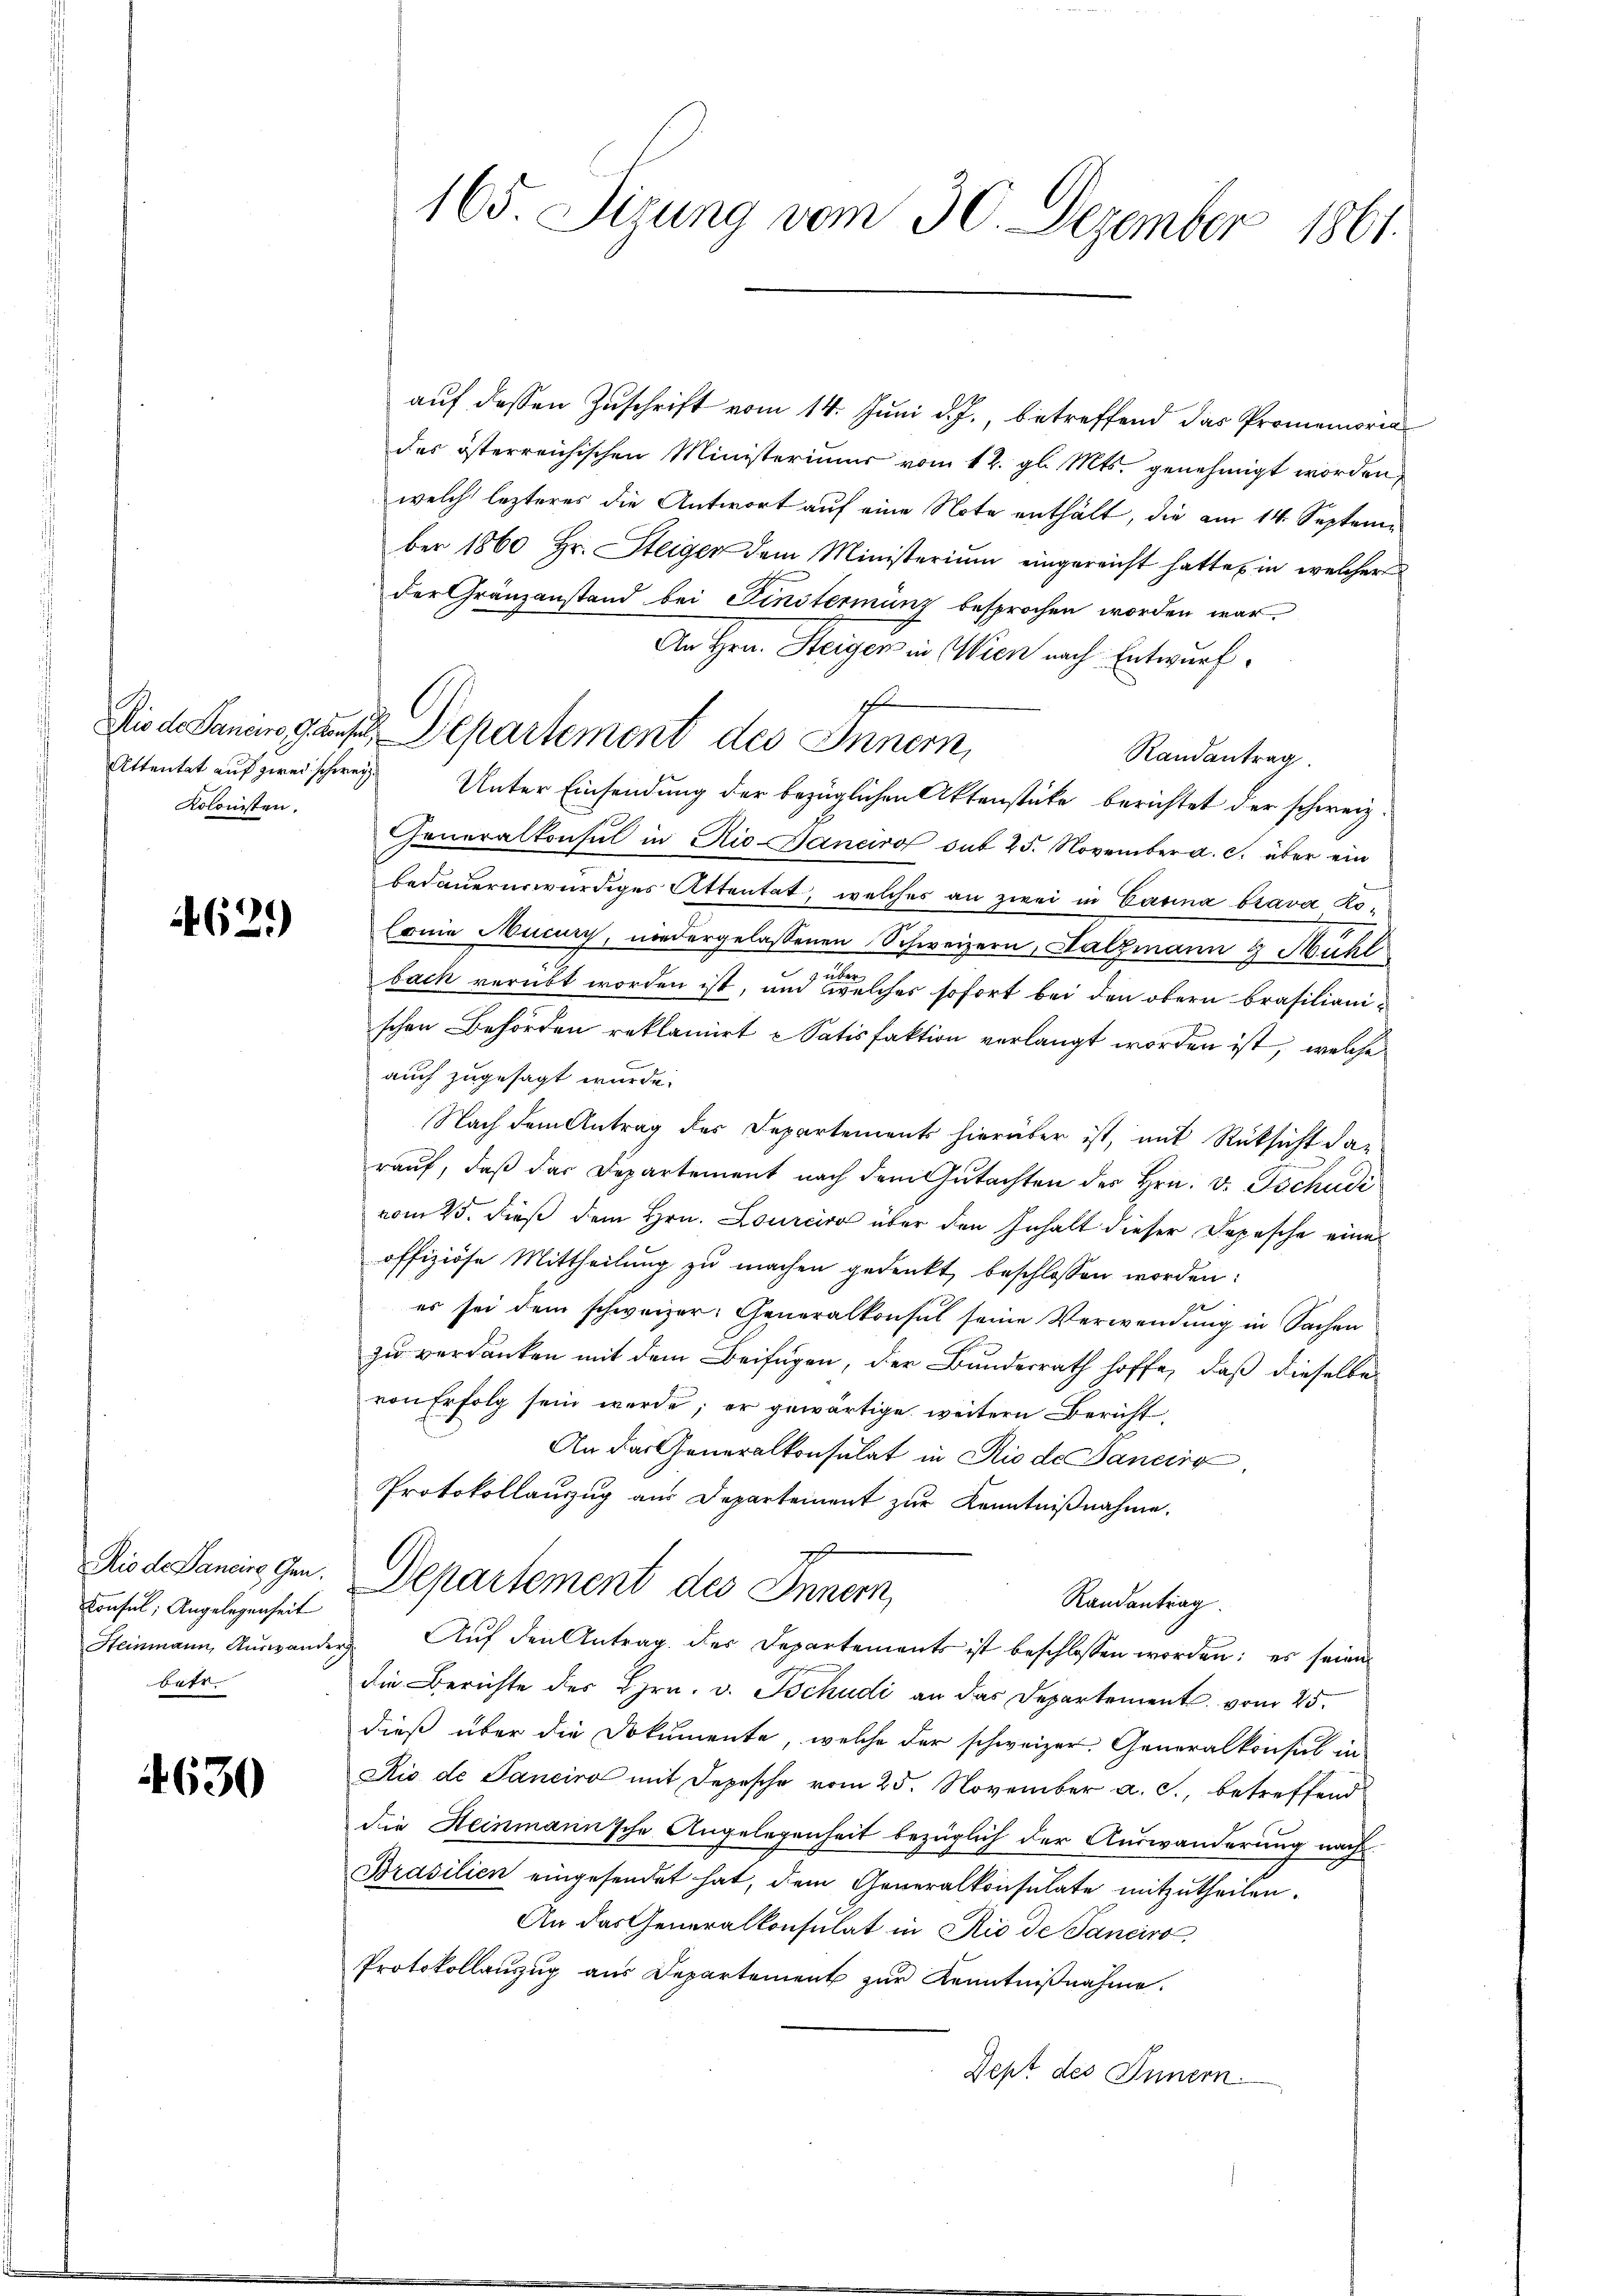
Attentat auf zwei schweiz
Kolonisten.

62.)

Rio de Pancire Gen.
Konsul, Angelegenheit
betr.

630

165. Sizung vom 30. Dezember 1861.

auf dessen Zuschrift vom 14. Juni d. J., betreffend das Promemoria
des österreichischen Ministeriums vom 12. gl. Mts. genehmigt worden,
welch lezteres die Antwort auf eine Note enthält, die am 14. September 1860 Hr. Steiger dem Ministerium eingereicht hatte, in welcher
der Gränzanstand bei Finstermanz besprochen worden war.
An Hrn. Steigen in Wien nach Entwurf.
f
Randantrag.
Unter Einsendung der bezüglichen Aktenstüke berichtet der schweiz.
Generalkonsul in Rio-Janeiro sub 25. November a. c. über ein
bedauernswürdiges Attentat, welches an zwei in Casina brava Ko¬
Conie Mucury, niedergelassenen Schweizern, Salzmann & Mühl
über
bach verübt worden ist, und welches sofort bei den obern brasilianischen Behörden reklamirt u Satisfaktion verlangt worden ist, welche
auch zugesagt wurde.
Nach dem Antrag des Departements hierüber ist, mit Rücksicht da-
raŭf, daß das Departement nach dem Gutachten des Hrn. v. Tschudi
vom 25. dieß dem Hrn. Lourciro über den Inhalt dieser Depesche eine
offiziöse Mittheilung zu machen gedenkt, beschlossen worden:
¬
es sei dem schweizer: Generalkonsul seine Verwendung in Sachen
zu verdanken mit dem Beifügen, der Bundesrath hoffe, daß dieselbe
von Erfolg sein werde; er gewärtige weitern Bericht
An das Generalkonsulat in Rio de Bancira
Protokollauszug aus Departement zur Kenntnißnahme.
p
Departement des Innern,
Randantrag.
Steinmann Aŭswander. Aŭf den Antrag des Departements ist beschlossen worden: es seien
die Berichte des Hrn. v. Tschudi an das Departement vom 25.
dieß über die Dokumente, welche der schweizer. Generalkonsul in
Rio de Sanciro mit Depesche vom 25. November a. c., betreffend
die Heinmann’sche Angelegenheit bezüglich der Auswanderung nach
Brasilien eingesendet hat, dem Generalkonsulate mitzutheilen.
An das Generalkonsulat in Rio de Sanciro,
Protokollauszug aus Departement zur Kenntnißnahme.
Sept des Innern.

Niede Sanien, das Departement des Innern,